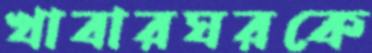
খাবারঘরকে